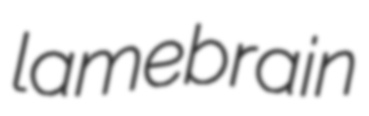
lamebrain